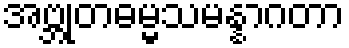
အဗ္ဘုတဓမ္မသမန္နာဂတာ